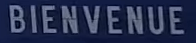
BIENVENUE